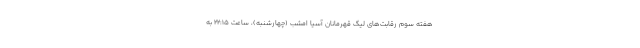
هفته سوم رقابت‌های لیگ قهرمانان آسیا امشب (چهارشنبه)، ساعت ۲۲:۱۵ به